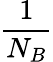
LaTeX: \frac{1}{N_{B}}